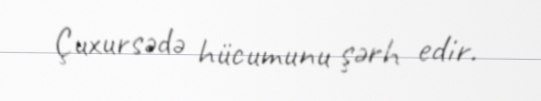
Çuxursədə hücumunu şərh edir.